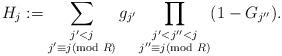
LaTeX: \begin{align*}H_j:=\sum_{\substack{j'<j\\ j'\equiv j (\textrm{mod }R)}}g_{j'}\prod_{\substack{j'<j''<j\\ j''\equiv j(\textrm{mod }R)}}(1-G_{j''}).\end{align*}